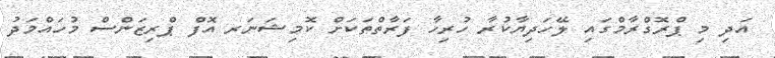
އަދި މި ޕްރޮގްރާމްގައި ލޭހަދިޔާކުރާ ހުރިހާ ފަރާތްތަކަށް ކޮމިޝަނަރ އޮފް ޕްރިޒަންސް މުހައްމަދު